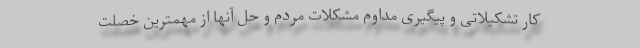
کار تشکیلاتی و پیگیری مداوم مشکلات مردم و حل آنها از مهمترین خصلت